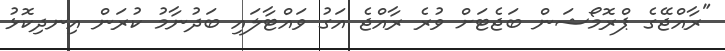
"ރާއްޖޭގެ ޕްރޮމޯޝަން ބަޖެޓަށް ވުރެ ރާއްޖެ އަގު ވައްޓާލައި ބަދުނާމު ކުރަން އިނދިކޮޅު